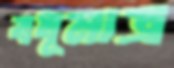
বধূমাত্র